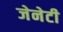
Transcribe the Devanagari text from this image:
जेनेटी